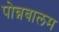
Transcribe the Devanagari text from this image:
पोन्नबालम